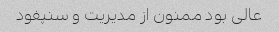
عالی بود ممنون از مدیریت و سنپفود